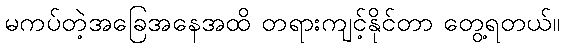
မကပ်တဲ့အခြေအနေအထိ တရားကျင့်နိုင်တာ တွေ့ရတယ်။